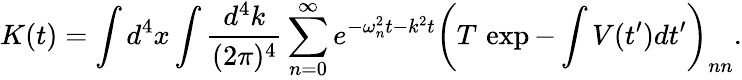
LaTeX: K(t)=\int d^{4}x\int{\frac{d^{4}k}{(2\pi)^{4}}}\sum_{n=0}^{\infty}e^{-\omega_{n}^{2}t-k^{2}t}\left(T\, \exp-\int V(t^{\prime})dt^{\prime}\right)_{nn}.